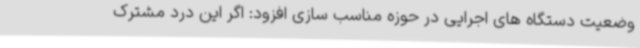
وضعیت دستگاه های اجرایی در حوزه مناسب سازی افزود: اگر این درد مشترک